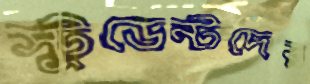
স্টুডেন্টদের